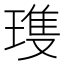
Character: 𪼌